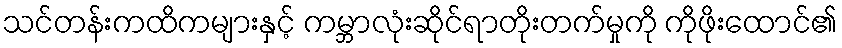
သင်တန်းကထိကများနှင့် ကမ္ဘာလုံးဆိုင်ရာတိုးတက်မှုကို ကိုဖိုးထောင်၏